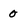
Character: 0